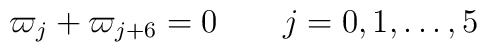
\varpi_j + \varpi_{j+6} = 0 \qquad j=0,1,\dots,5